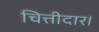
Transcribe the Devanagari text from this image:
चित्तीदार।